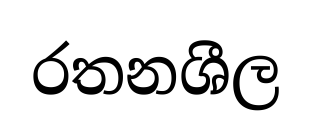
රතනශීල